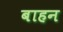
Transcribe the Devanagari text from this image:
बाहन